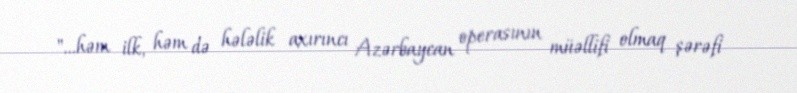
"…həm ilk, həm də hələlik axırıncı Azərbaycan operasının müəllifi olmaq şərəfi